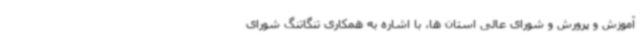
آموزش و پرورش و شورای عالی استان ها، با اشاره به همکاری تنگاتنگ شورای